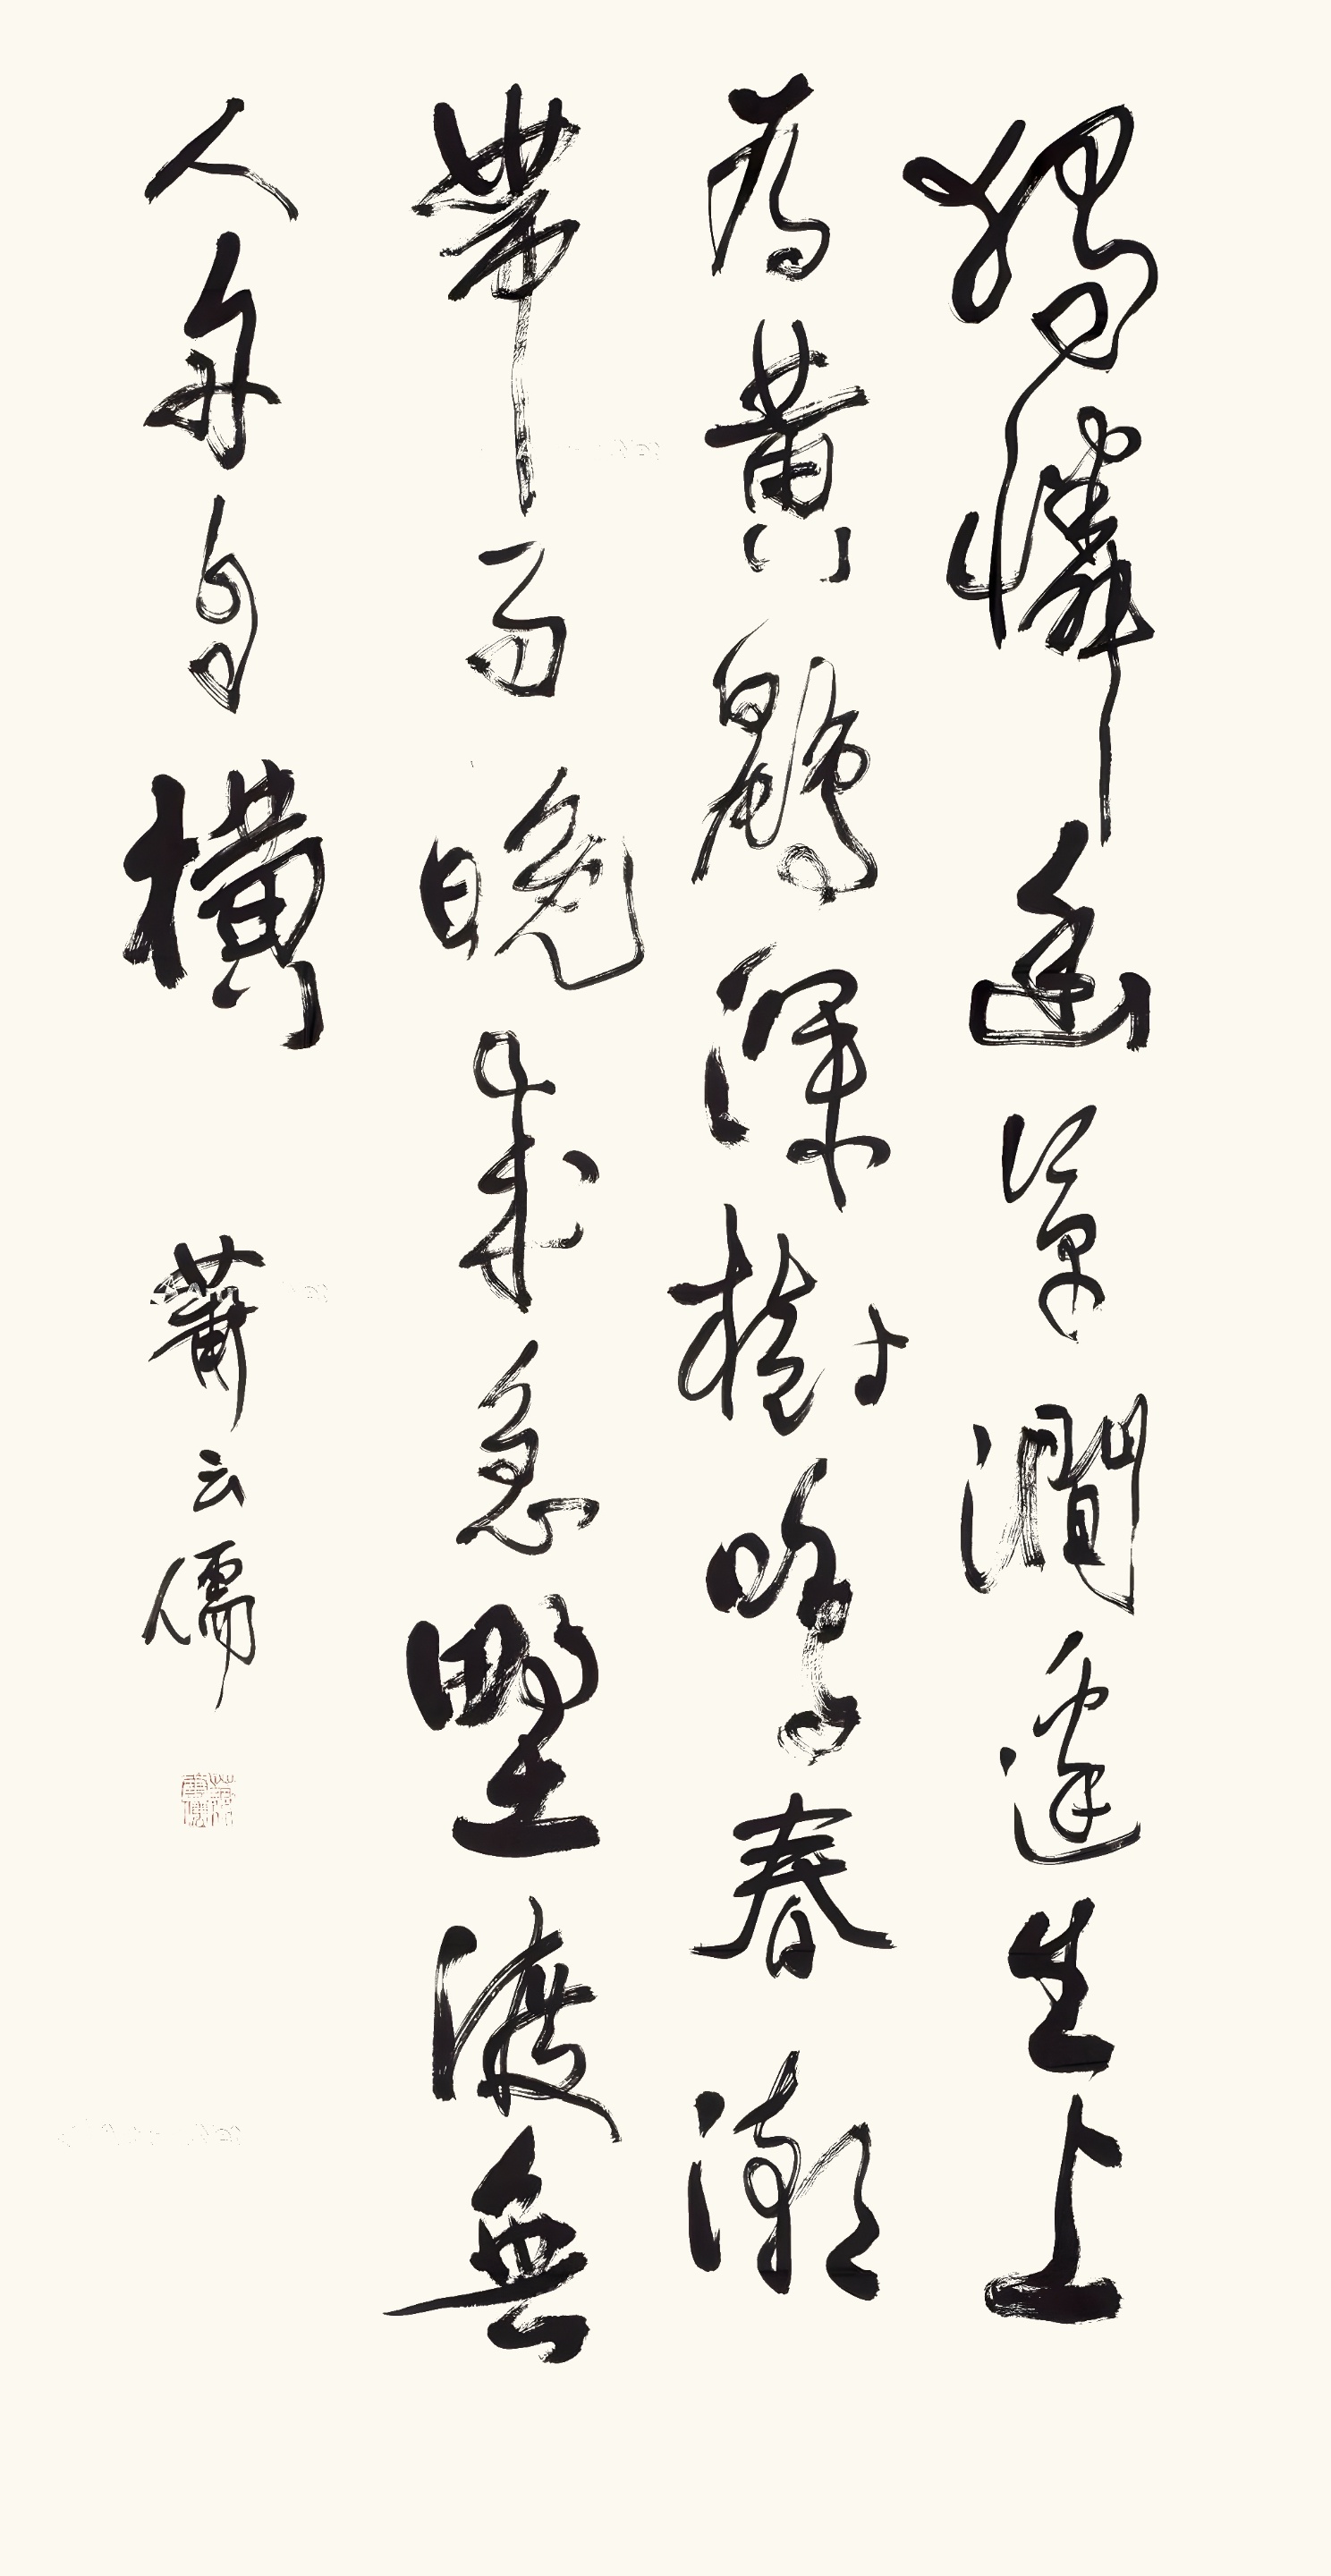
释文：独怜幽草涧边生，上有黄鹂深树鸣。春潮带雨晚来急，野渡无人舟自横。萧云儒